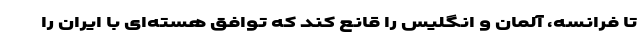
تا فرانسه، آلمان و انگلیس را قانع کند که توافق هسته‌ای با ایران را